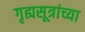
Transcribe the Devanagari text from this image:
गृह्यसूत्रांच्या